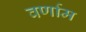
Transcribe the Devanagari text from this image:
वर्णाम